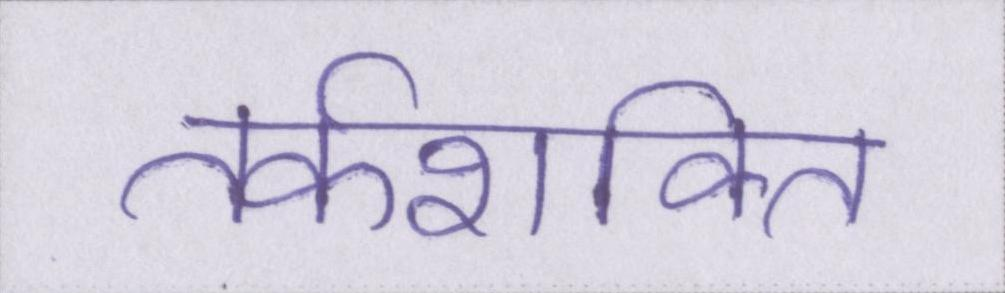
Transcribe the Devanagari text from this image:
तर्कशक्ति